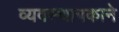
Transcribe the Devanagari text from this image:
व्यवस्थापकाने